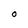
Character: O